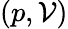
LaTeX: (p,\mathcal{V})